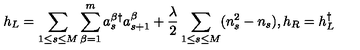
h _ { L } = \sum _ { 1 \leq s \leq M } \sum _ { \beta = 1 } ^ { m } a _ { s } ^ { \beta \dag } a _ { s + 1 } ^ { \beta } + \frac { \lambda } { 2 } \sum _ { 1 \leq s \leq M } ( n _ { s } ^ { 2 } - n _ { s } ) , h _ { R } = h _ { L } ^ { \dag }